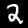
Label: 2